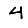
Digit: 4